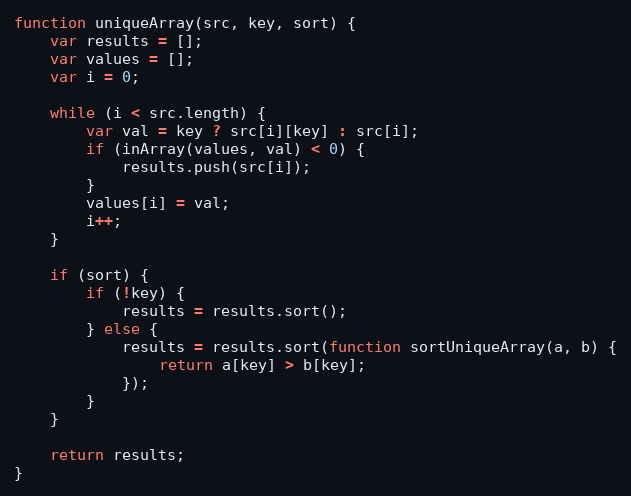
Language: JavaScript
function uniqueArray(src, key, sort) {
    var results = [];
    var values = [];
    var i = 0;

    while (i < src.length) {
        var val = key ? src[i][key] : src[i];
        if (inArray(values, val) < 0) {
            results.push(src[i]);
        }
        values[i] = val;
        i++;
    }

    if (sort) {
        if (!key) {
            results = results.sort();
        } else {
            results = results.sort(function sortUniqueArray(a, b) {
                return a[key] > b[key];
            });
        }
    }

    return results;
}